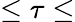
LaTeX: \leq\tau\leq